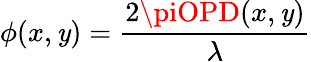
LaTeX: \phi(x,\mathit{y})=\frac{{2\piOPD(x,\mathit{y})}}{{\lambda}}